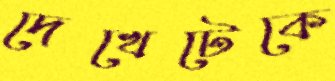
দেখেটেকে